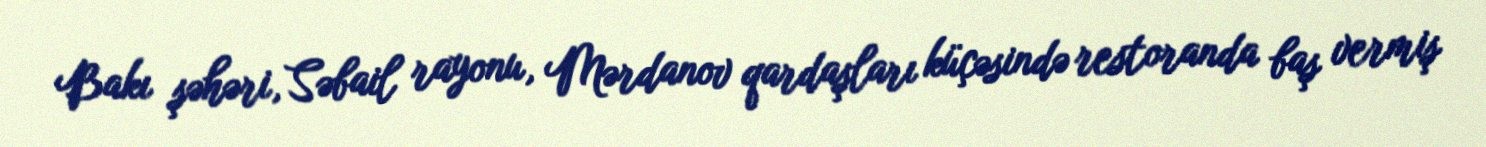
Bakı şəhəri, Səbail rayonu, Mərdanov qardaşları küçəsində restoranda baş vermiş